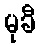
မုခီ